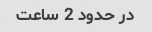
در حدود 2 ساعت